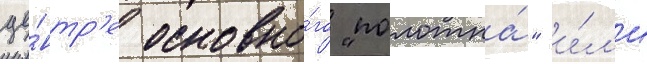
це́нтр'е основно́го "полотна́" и́л'и